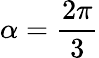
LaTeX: \alpha={\frac{2\pi}{3}}